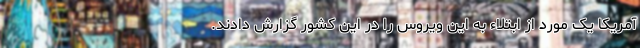
آمریکا یک مورد از ابتلاء به این ویروس را در این کشور گزارش دادند.